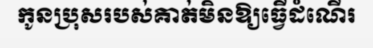
កូនប្រុសរបស់គាត់មិនឱ្យធ្វើដំណើរ